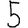
Digit: 5